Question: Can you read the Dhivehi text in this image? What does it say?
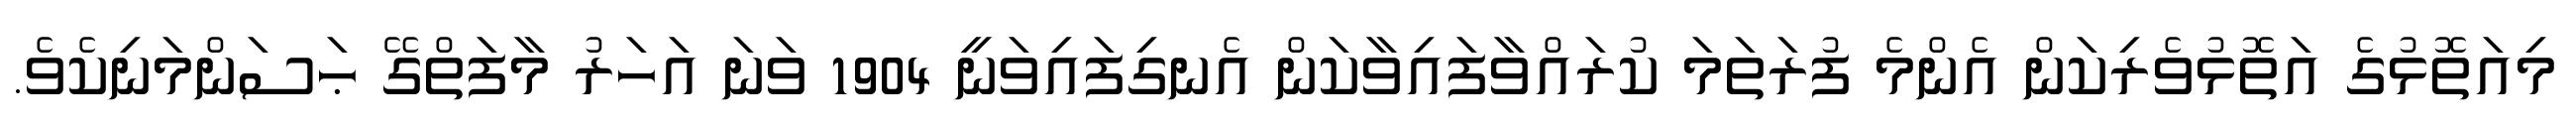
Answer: މިއަތޮޅުގެ އަތޮޅުވެރިކަން އެންމެ ފުރަތަމަ ކުރައްވާފައިވާކަން އެނގިފައިވަނީ 1904 ވަނަ އަހަރު މާފަތްގޭ ޙަސަންމަނިކެވެ.